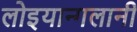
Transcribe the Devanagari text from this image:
लोइयान्गलानी